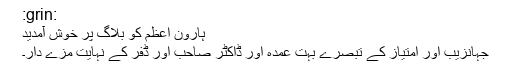
:grin:
ہارون اعظم کو بلاگ پر خوش آمدید
جہانزیب اور امتیاز کے تبصرے بہت عمدہ اور ڈاکٹر صاحب اور ڈفر کے نہایت مزے دار۔